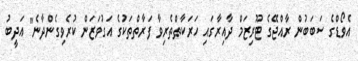
އެވޯޑްގެ ސަބަބުން ރާއްޖޭގެ ޓޫރިޒަމް ދާއިރާގައި ހަރަކާތްތެރިވާ ފަރާތްތަކުގެ އަގުވަޒަން ކުރެވިގެންދާނެ" އަދީބު